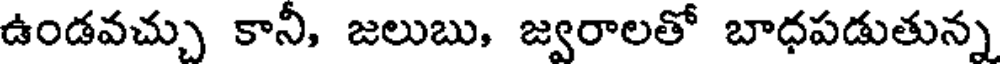
ఉండవచ్చు కానీ, జలుబు, జ్వరాలతో బాధపడుతున్న